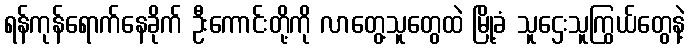
ရန်ကုန်ရောက်နေခိုက် ဦးကောင်းတို့ကို လာတွေ့သူတွေထဲ မြို့ခံ သူဌေးသူကြွယ်တွေနဲ့